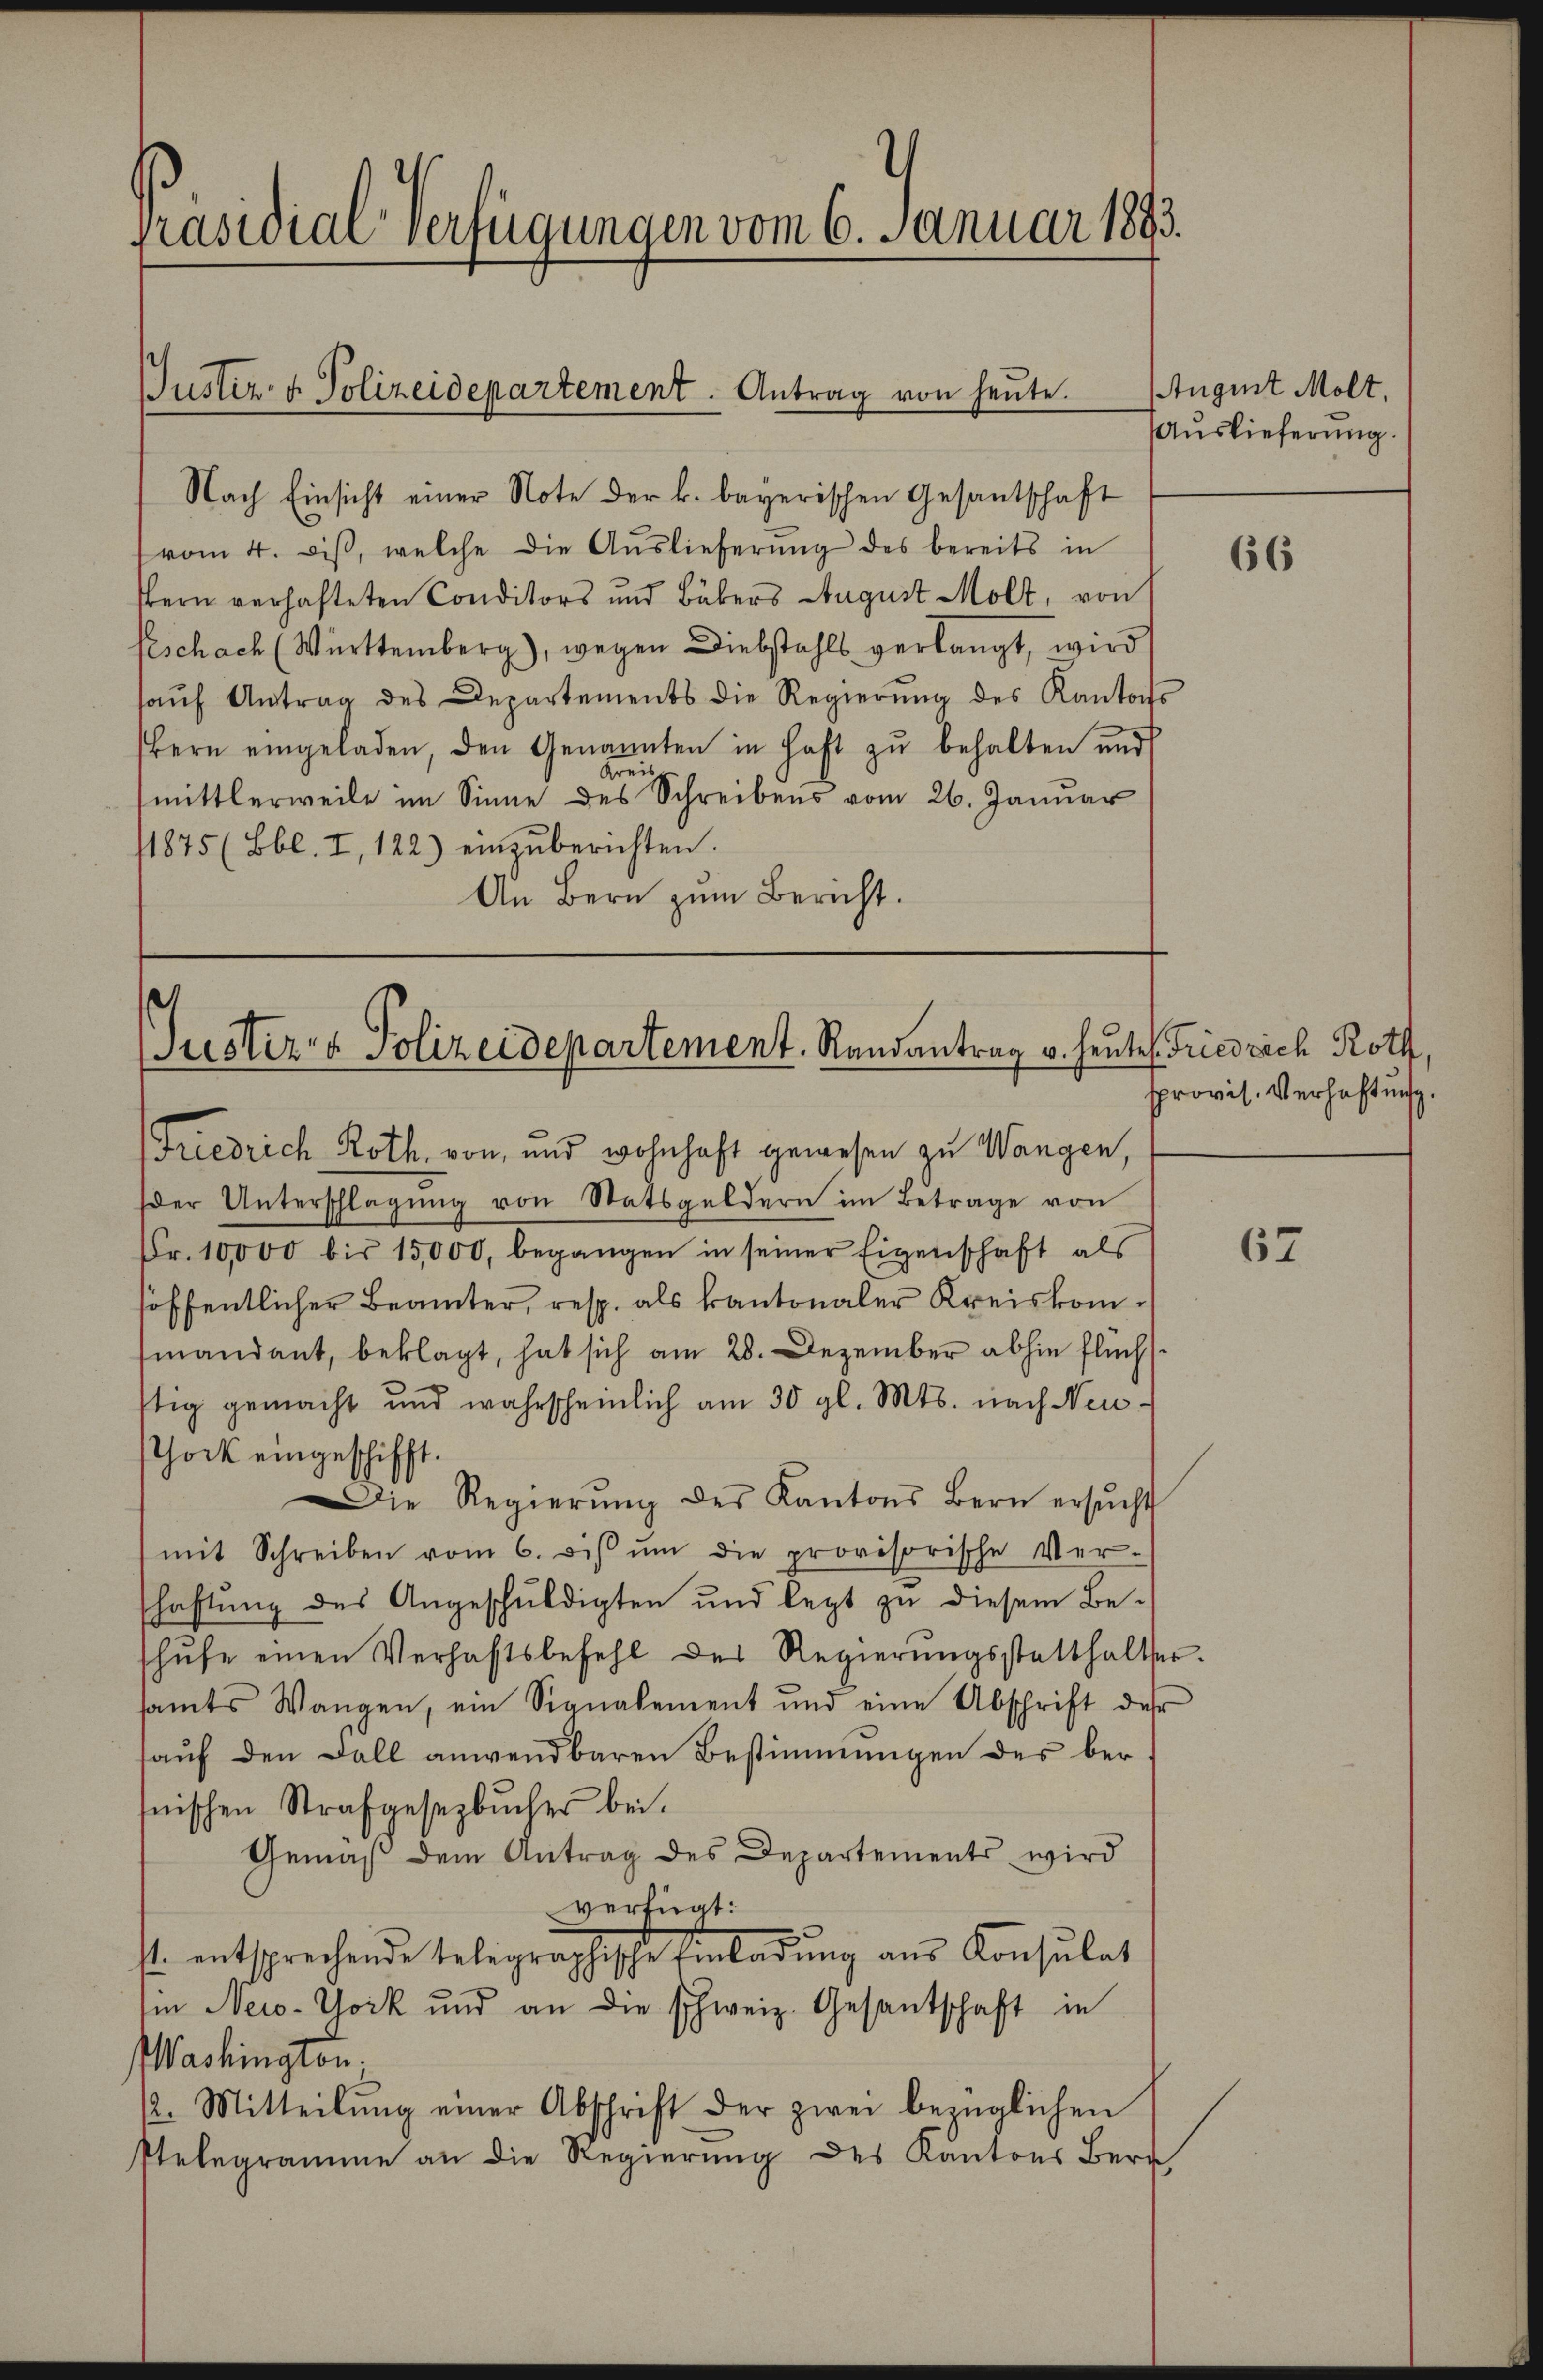
Präsidial-Verfügungen vom 6. Januar 1893.

Justiz- & Polizeidepartement. Antrag von heute.

Nach Einsicht einer Note der k. bayerischen Gesantschaft
vom 4. dβ, welche die Aŭslieferŭng des bereits in
ern verhafteten Conditors und Bäkers August Molt, von
Peschach (Württemberg), wegen Diebstahls verlangt, wird
haŭf Antrag des Departements die Regierŭng des Kantons
bern eingeladen, den Genannten in haft zŭ behalten und
Kreis
mittlerweile im Sinne des Schreibens vom 26. Januar
11875 (Bbl. I, 122) einzŭberichten.
An Bern zum Bericht.

Justiz & Polizeidepartement. Randantrag v. heute Friedrich Roth,
Friedrich Roth von und wohnhaft gewesen zu Wangen,

der Unterschlagung von Statsgeldern im Betrage von
Fr. 10,000 bis 15,000, begangen in seiner Eigenschaft als
höffentlicher Beamter, resp. als kantonaler Kreiskommandant, beklagt, hat sich am 28. Dezember abhin flüchstig gemacht und wahrscheinlich am 30 gl. Mts. nach Neuhock eingeschifft.
Die Regierŭng des Kantons Bern ersŭcht
mit Schreiben vom 6. ds ŭm die provisorische Ver-
schaftung des Angeschŭldigten und legt zŭ diesem Be-
schufe einen Verhaftsbefehl des Regierŭngsstatthalter.
samts Wangen, ein Signalement und eine Abschrift der
aŭf den Fall anwendbaren Bestimmungen des bernischen Strafgesetzbuches bei.
Gemäß dem Antrag des Departements wird
verfügt:
st. entsprechende telegraphische Einladung aus Konsulat
im New-York und an die schweiz. Gesantschaft in
Washington.
/2. Mitteilŭng einer Abschrift der zwei bezüglichen
Ptelegramme an die Regierung des Kantons Berg

August Molt.
Auslieferung.

66

provis. Verhaftung.

67